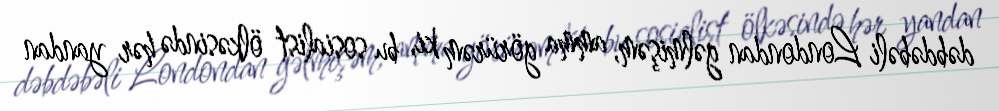
dəbdəbəli Londondan gəlmişəm, amma görürəm ki, bu sosialist ölkəsində hər yandan